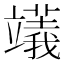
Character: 𥪺